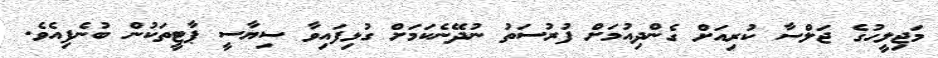
މަޖިލީހުގެ ޖަލްސާ ކުރިއަށް ގެންދިއުމަށް ފުރުސަތު ނުދޭނެކަމަށް ގުޅިފައިވާ ސިޔާސީ ޕާޓީތަކުން ބުނެފިއެވެ.